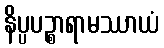
နိပ္ပပဉ္စာရာမဿာယံ